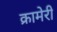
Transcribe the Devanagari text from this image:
क्रामेरी